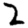
Digit: 2